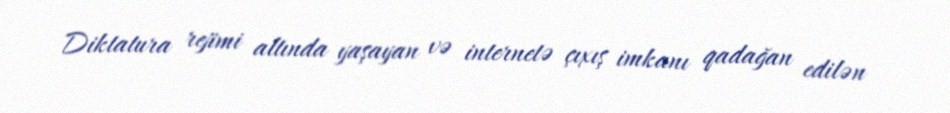
Diktatura rejimi altında yaşayan və internetə çıxış imkanı qadağan edilən